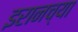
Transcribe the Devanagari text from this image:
इरानच्या